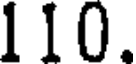
110.